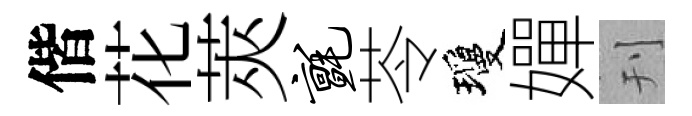
偕花莢毡苓瓊嬋刊